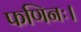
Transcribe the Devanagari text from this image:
फणिनः।